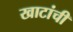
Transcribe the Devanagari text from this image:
खाटांची